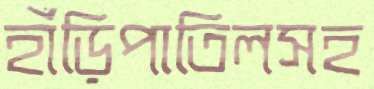
হাঁড়িপাতিলসহ